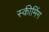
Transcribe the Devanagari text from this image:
स्कीमिंग